Civil Veterinary Department Bihar & Orissa reports 1922-29 - 1922-1929
Year: 1922
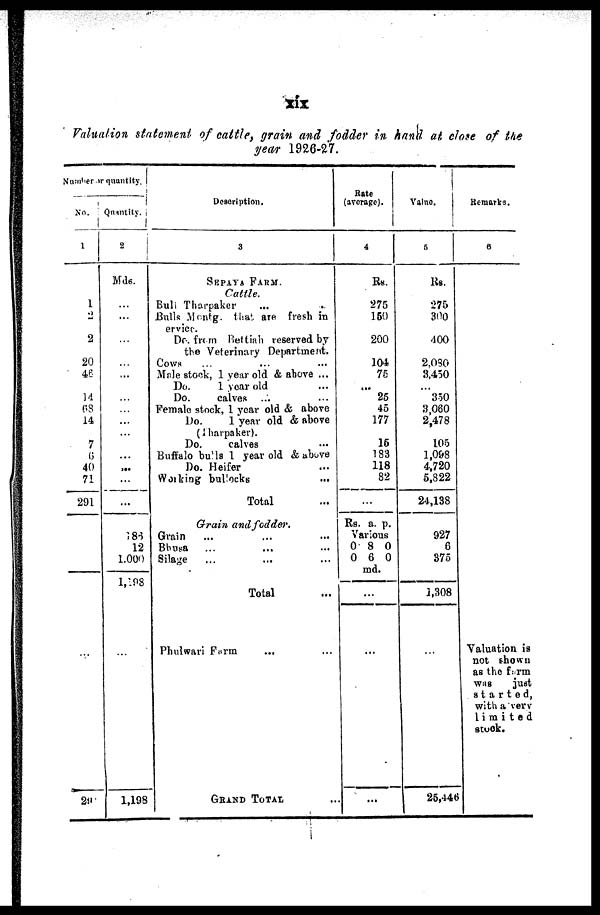
XIX
Valuation statement of cattle, grain and fodder in hand at close of the
year 1926-27.
Number of
quantity.
No.
1
1
2
2
20
46
14
63
14
7
6
40
71
291
...
291
Quantity.
2
Mds.
....
...
...
...
...
...
...
...
...
...
...
...
186
12
1.000
1,198
...
1,198
Description.
3
SEPAYA FARM.
Cattle.
Bull Tharpaker
Bulls Montg. that are fresh in
ervicc.
Do. from Bettiah reserved by
the Veterinary Department.
Cows
Male stock, 1 year old & above ...
Do. 1 year old
Do.
calves
Female stock, 1 year old & above
Do.
1 year old & above
(Tharpaker).
Do.
calves
Buffalo bulls 1 year old & above
Do. Heifer
Working bullocks
Total
Grain and fodder.
Grain
Bhusa
Silage
Total
Phulwari Farm
GRAND TOTAL ...
Rate
(average).
4
Rs.
275
150
200
104
75
...
25
45
177
15
183
118
82
...
Rs. a. p.
Various
0 8 0
0 6 0
md.
...
...
...
Value.
5
Rs.
275
300
400
2,030
3,450
...
350
3,060
2,478
105
1,098
4,720
5,822
24,138
927
6
375
1,308
...
25,446
Remarks.
6
Valuation is
not shown
as the form
was
just
started,
with a very
limited
stuck.